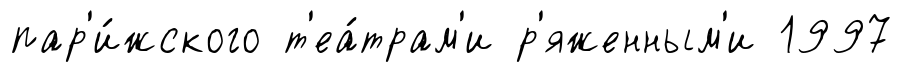
пар'и́жского т'еа́трам'и р'яженным'и 1997